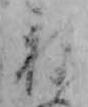
ね